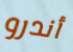
أندرو